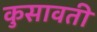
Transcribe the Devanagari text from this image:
कुसावती